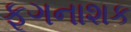
ફૂગનાશક